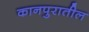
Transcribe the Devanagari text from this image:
कानपुरातील